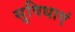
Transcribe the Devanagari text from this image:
सुविधाएं